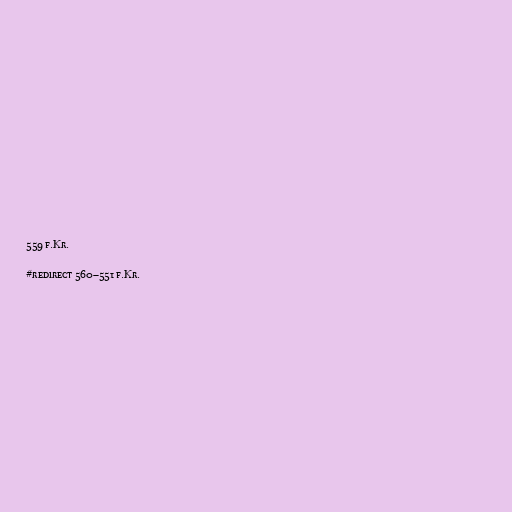
559 f.Kr.

#redirect 560–551 f.Kr.